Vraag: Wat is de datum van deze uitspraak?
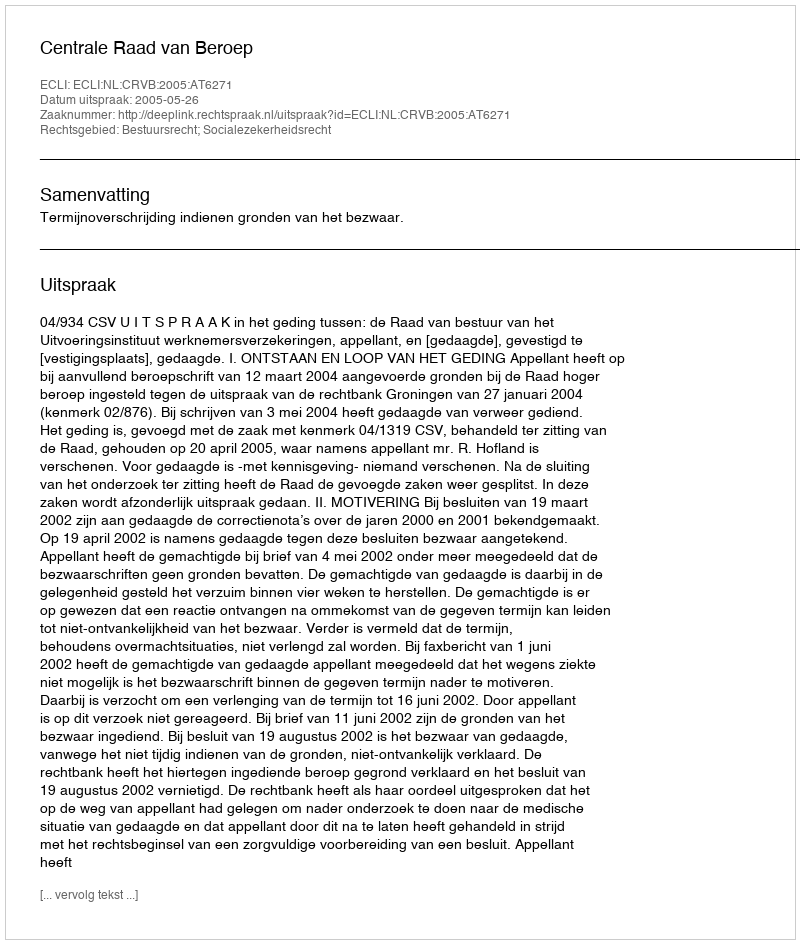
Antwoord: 2005-05-26